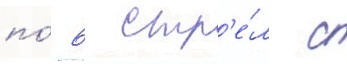
по́ 6 стр'е́л с